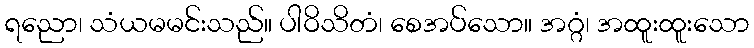
ရညော၊ သံယမမင်းသည်။ ပါဝိသိတံ၊ စေအပ်သော။ အဂ္ဂံ၊ အထူးထူးသော